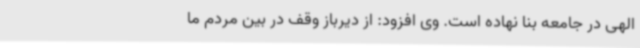
الهی در جامعه بنا نهاده است. وی افزود: از دیرباز وقف در بین مردم ما